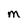
Character: M